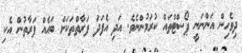
ދިވެހިން އަންނަނީ ޕޯސްޓްތައް ކުރަމުންނެވެ. އަދި އެފަދަ ފަރާތްތަކަށް ބައެއް ފަރާތުން އެކި